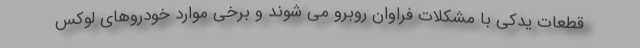
قطعات یدکی با مشکلات فراوان روبرو می شوند و برخی موارد خودروهای لوکس